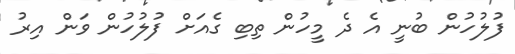
ފުލުހުން ބުނީ އެ ދެ މީހުން ތިބި ގެއަށް ފުލުހުން ވަން އިރު